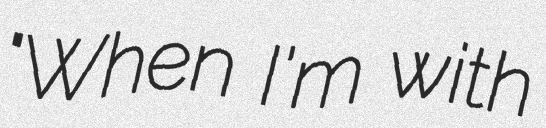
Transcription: "When I'm with